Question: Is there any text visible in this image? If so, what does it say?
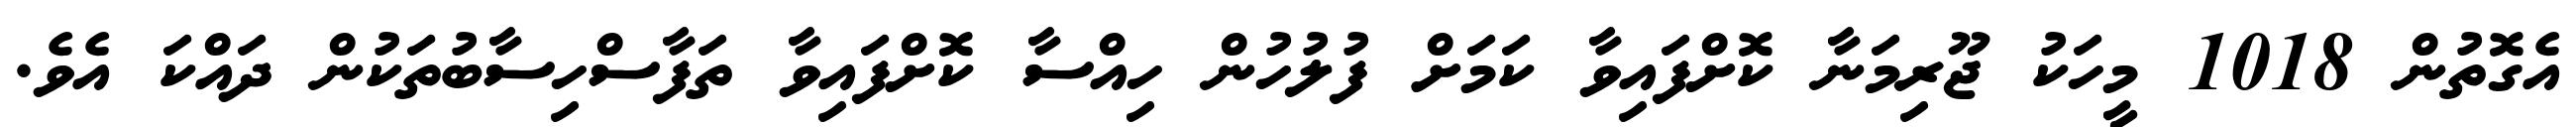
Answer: އެގޮތުން 1018 މީހަކު ޖޫރިމަނާ ކޮށްފައިވާ ކަމަށް ފުލުހުން ހިއްސާ ކޮށްފައިވާ ތަފާސްހިސާބުތަކުން ދައްކަ އެވެ.